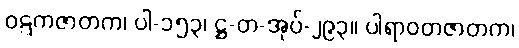
ဝဋ္ဋကဇာတက၊ ပါ-၁၅၃၊ ဋ္ဌ-တ-အုပ်-၂၉၃။ ပါရာဝတဇာတက၊